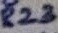
Text: R23